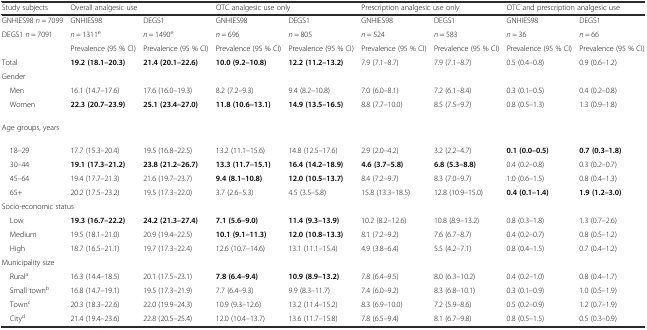
<table><thead><tr><td><b>Study subjects</b></td><td colspan="2"><b>Overall analgesic use</b></td><td colspan="2"><b>OTC analgesic use only</b></td><td colspan="2"><b>Prescription analgesic use only</b></td><td colspan="2"><b>OTC and prescription analgesic use</b></td></tr></thead><tbody><tr><td>GNHIES98 <i>n</i> = 7099</td><td>GNHIES98</td><td>DEGS1</td><td>GNHIES98</td><td>DEGS1</td><td>GNHIES98</td><td>DEGS1</td><td>GNHIES98</td><td>DEGS1</td></tr><tr><td>DEGS1 <i>n</i> = 7091</td><td><i>n</i> = 1311<sup>e</sup></td><td><i>n</i> = 1490<sup>e</sup></td><td><i>n</i> = 696</td><td><i>n</i> = 805</td><td><i>n</i> = 524</td><td><i>n</i> = 583</td><td><i>n</i> = 36</td><td><i>n</i> = 66</td></tr><tr><td></td><td>Prevalence (95 % CI)</td><td>Prevalence (95 % CI)</td><td>Prevalence (95 % CI)</td><td>Prevalence (95 % CI)</td><td>Prevalence (95 % CI)</td><td>Prevalence (95 % CI)</td><td>Prevalence (95 % CI)</td><td>Prevalence (95 % CI)</td></tr><tr><td>Total</td><td><b>19.2 (18.1–20.3)</b></td><td><b>21.4 (20.1–22.6)</b></td><td><b>10.0 (9.2–10.8)</b></td><td><b>12.2 (11.2–13.2)</b></td><td>7.9 (7.1–8.7)</td><td>7.9 (7.1–8.7)</td><td>0.5 (0.4–0.8)</td><td>0.9 (0.6–1.2)</td></tr><tr><td>Gender</td><td></td><td></td><td></td><td></td><td></td><td></td><td></td><td></td></tr><tr><td> Men</td><td>16.1 (14.7–17.6)</td><td>17.6 (16.0–19.3)</td><td>8.2 (7.2–9.3)</td><td>9.4 (8.2–10.8)</td><td>7.0 (6.0–8.1)</td><td>7.2 (6.1–8.4)</td><td>0.3 (0.1–0.5)</td><td>0.4 (0.2–0.8)</td></tr><tr><td> Women</td><td><b>22.3 (20.7–23.9)</b></td><td><b>25.1 (23.4–27.0)</b></td><td><b>11.8 (10.6–13.1)</b></td><td><b>14.9 (13.5–16.5)</b></td><td>8.8 (7.7–10.0)</td><td>8.5 (7.5–9.7)</td><td>0.8 (0.5–1.3)</td><td>1.3 (0.9–1.8)</td></tr><tr><td>Age groups, years</td><td></td><td></td><td></td><td></td><td></td><td></td><td></td><td></td></tr><tr><td> 18–29</td><td>17.7 (15.3–20.4)</td><td>19.5 (16.8–22.5)</td><td>13.2 (11.1–15.6)</td><td>14.8 (12.5–17.6)</td><td>2.9 (2.0–4.2)</td><td>3.2 (2.2–4.7)</td><td><b>0.1 (0.0–0.5)</b></td><td><b>0.7 (0.3–1.8)</b></td></tr><tr><td> 30–44</td><td><b>19.1 (17.3–21.2)</b></td><td><b>23.8 (21.2–26.7)</b></td><td><b>13.3 (11.7–15.1)</b></td><td><b>16.4 (14.2–18.9)</b></td><td><b>4.6 (3.7–5.8)</b></td><td><b>6.8 (5.3–8.8)</b></td><td>0.4 (0.2–0.8)</td><td>0.3 (0.2–0.7)</td></tr><tr><td> 45–64</td><td>19.4 (17.7–21.3)</td><td>21.6 (19.7–23.7)</td><td><b>9.4 (8.1–10.8)</b></td><td><b>12.0 (10.5–13.7)</b></td><td>8.4 (7.2–9.7)</td><td>8.3 (7.0–9.7)</td><td>1.0 (0.6–1.5)</td><td>0.8 (0.4–1.3)</td></tr><tr><td> 65+</td><td>20.2 (17.5–23.2)</td><td>19.5 (17.3–22.0)</td><td>3.7 (2.6–5.3)</td><td>4.5 (3.5–5.8)</td><td>15.8 (13.3–18.5)</td><td>12.8 (10.9–15.0)</td><td><b>0.4 (0.1–1.4)</b></td><td><b>1.9 (1.2–3.0)</b></td></tr><tr><td colspan="2">Socio-economic status</td><td></td><td></td><td></td><td></td><td></td><td></td><td></td></tr><tr><td> Low</td><td><b>19.3 (16.7–22.2)</b></td><td><b>24.2 (21.3–27.4)</b></td><td><b>7.1 (5.6–9.0)</b></td><td><b>11.4 (9.3–13.9)</b></td><td>10.2 (8.2–12.6)</td><td>10.8 (8.9–13.2)</td><td>0.8 (0.3–1.8)</td><td>1.3 (0.7–2.6)</td></tr><tr><td> Medium</td><td>19.5 (18.1–21.0)</td><td>20.9 (19.4–22.5)</td><td><b>10.1 (9.1–11.3)</b></td><td><b>12.0 (10.8–13.3)</b></td><td>8.1 (7.2–9.2)</td><td>7.6 (6.7–8.7)</td><td>0.4 (0.2–0.7)</td><td>0.8 (0.5–1.2)</td></tr><tr><td> High</td><td>18.7 (16.5–21.1)</td><td>19.7 (17.3–22.4)</td><td>12.6 (10.7–14.6)</td><td>13.1 (11.1–15.4)</td><td>4.9 (3.8–6.4)</td><td>5.5 (4.2–7.1)</td><td>0.8 (0.4–1.5)</td><td>0.7 (0.4–1.2)</td></tr><tr><td colspan="2">Municipality size</td><td></td><td></td><td></td><td></td><td></td><td></td><td></td></tr><tr><td> Rural<sup>a</sup></td><td>16.3 (14.4–18.5)</td><td>20.1 (17.5–23.1)</td><td><b>7.8 (6.4–9.4)</b></td><td><b>10.9 (8.9–13.2)</b></td><td>7.8 (6.4–9.5)</td><td>8.0 (6.3–10.2)</td><td>0.4 (0.2–1.0)</td><td>0.8 (0.4–1.7)</td></tr><tr><td> Small town<sup>b</sup></td><td>16.8 (14.7–19.1)</td><td>19.5 (17.3–21.9)</td><td>7.7 (6.4–9.3)</td><td>9.9 (8.3–11.7)</td><td>7.4 (6.0–9.2)</td><td>8.3 (6.8–10.1)</td><td>0.3 (0.1–0.9)</td><td>1.0 (0.5–1.9)</td></tr><tr><td> Town<sup>c</sup></td><td>20.3 (18.3–22.6)</td><td>22.0 (19.9–24.3)</td><td>10.9 (9.3–12.6)</td><td>13.2 (11.4–15.2)</td><td>8.3 (6.9–10.0)</td><td>7.2 (5.9–8.6)</td><td>0.5 (0.2–0.9)</td><td>1.2 (0.7–1.9)</td></tr><tr><td> City<sup>d</sup></td><td>21.4 (19.4–23.6)</td><td>22.8 (20.5–25.4)</td><td>12.0 (10.4–13.7)</td><td>13.6 (11.7–15.8)</td><td>7.8 (6.5–9.4)</td><td>8.1 (6.7–9.8)</td><td>0.8 (0.5–1.5)</td><td>0.5 (0.3–0.9)</td></tr></tbody></table>